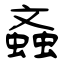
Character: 螡